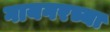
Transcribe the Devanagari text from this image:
गायगरच्या